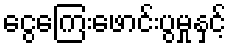
ငွေကြေးဖောင်းပွမှုနှင့်